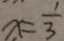
x = \frac { 1 } { 3 }